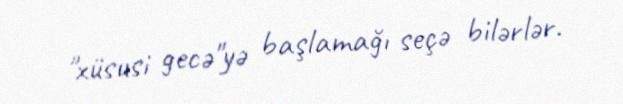
"xüsusi gecə"yə başlamağı seçə bilərlər.